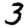
Digit: 3